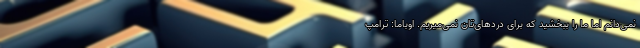
نمی‌دانم اما ما را ببخشید که برای دردهای‌تان نمی‌میریم. اوباما: ترامپ